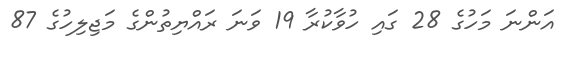
އަންނަ މަހުގެ 28 ގައި ހުވާކުރާ 19 ވަނަ ރައްޔިތުންގެ މަޖިލިހުގެ 87